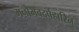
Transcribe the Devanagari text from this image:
मनोभवदर्पहारिन्